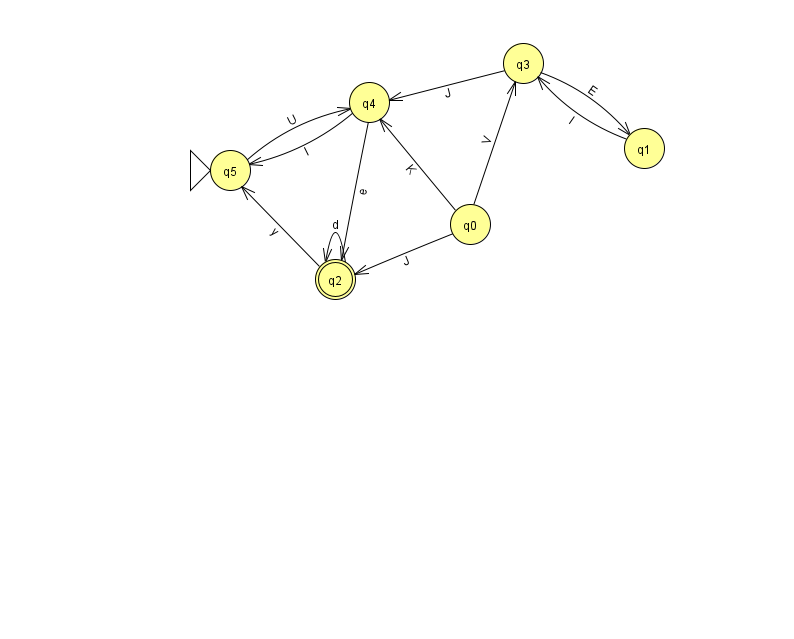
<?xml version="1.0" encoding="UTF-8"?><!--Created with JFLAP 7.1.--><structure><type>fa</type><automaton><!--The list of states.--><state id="0" name="q0"><x>470.0</x><y>211.0</y></state><state id="1" name="q1"><x>644.0</x><y>135.0</y></state><state id="2" name="q2"><x>335.0</x><y>266.0</y><final/></state><state id="3" name="q3"><x>523.0</x><y>50.0</y></state><state id="4" name="q4"><x>369.0</x><y>89.0</y></state><state id="5" name="q5"><x>230.0</x><y>157.0</y><initial/></state><!--The list of transitions.--><transition><from>0</from><to>3</to><read>V</read></transition><transition><from>0</from><to>4</to><read>K</read></transition><transition><from>2</from><to>5</to><read>y</read></transition><transition><from>1</from><to>3</to><read>l</read></transition><transition><from>2</from><to>2</to><read>d</read></transition><transition><from>5</from><to>4</to><read>U</read></transition><transition><from>3</from><to>4</to><read>J</read></transition><transition><from>0</from><to>2</to><read>J</read></transition><transition><from>4</from><to>5</to><read>I</read></transition><transition><from>4</from><to>2</to><read>e</read></transition><transition><from>3</from><to>1</to><read>E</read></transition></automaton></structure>